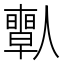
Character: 𠐱